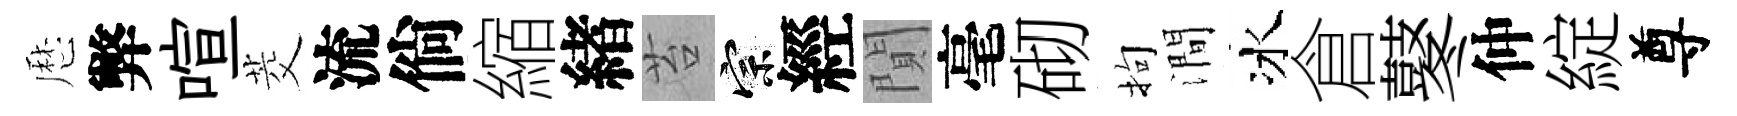
厯弊喧茭流倘縮緖苔宗經閴毫砌拘澗冰倉鼕仲綻尊